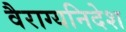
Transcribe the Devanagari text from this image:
वैराग्यनिदेश